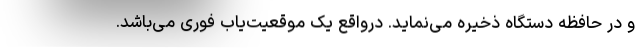
و در حافظه دستگاه ذخیره می‌نماید. درواقع یک موقعیت‌یاب فوری می‌باشد.